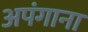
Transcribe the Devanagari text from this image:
अपंगाना